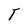
Character: T